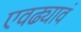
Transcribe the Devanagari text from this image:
एवढ्यावं